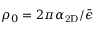
\rho _ { 0 } = 2 \pi \alpha _ { \mathrm { 2 D } } / \bar { \epsilon }